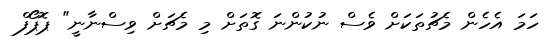
ހަމަ އެހެން މެޗުތަކަށް ވެސް ނުކުންނަ ގޮތަށް މި މެޗަށް ވިސްނާނީ" ޕޮޕޯފް